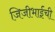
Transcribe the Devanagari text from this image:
जिजीभाईंची